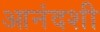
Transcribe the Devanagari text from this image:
आनंदशी